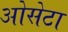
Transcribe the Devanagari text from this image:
ओसेटा